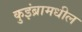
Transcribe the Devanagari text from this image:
कुइंब्रामधील